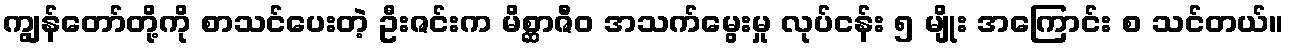
ကျွန်တော်တို့ကို စာသင်ပေးတဲ့ ဦးဇင်းက မိစ္ဆာဇီဝ အသက်မွေးမှု လုပ်ငန်း ၅ မျိုး အကြောင်း စ သင်တယ်။